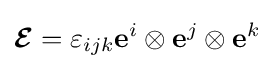
{\boldsymbol {\mathcal {E}}}=\varepsilon _{ijk}\mathbf {e} ^{i}\otimes \mathbf {e} ^{j}\otimes \mathbf {e} ^{k}